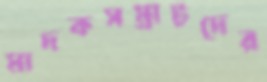
মাদকসম্রাটদের